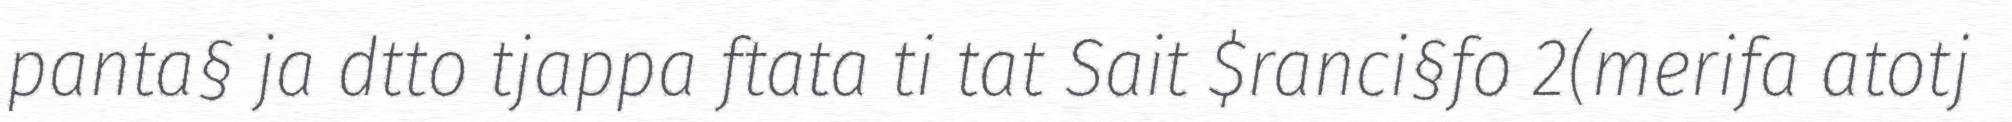
panta§ ja dtto tjappa ftata ti tat Sait $ranci§fo 2(merifa atotj